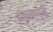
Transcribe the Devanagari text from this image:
झाल्यामुले